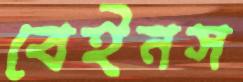
বেইনস